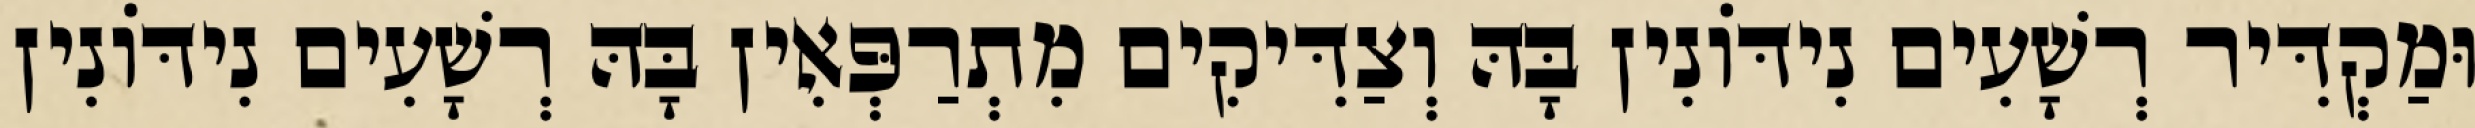
וּמַקְדִּיר רְשָׁעִים נִידּוֹנִין בָּהּ וְצַדִּיקִים מִתְרַפְּאִין בָּהּ רְשָׁעִים נִידּוֹנִין